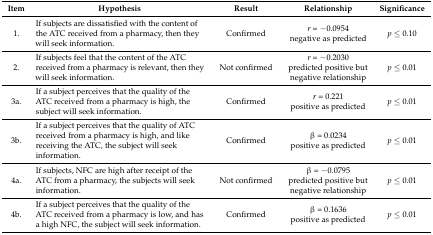
<table><thead><tr><td><b>Item</b></td><td><b>Hypothesis</b></td><td><b>Result</b></td><td><b>Relationship</b></td><td><b>Significance</b></td></tr></thead><tbody><tr><td>1.</td><td>If subjects are dissatisfied with the content of the ATC received from a pharmacy, then they will seek information.</td><td>Confirmed</td><td><i>r =</i> −0.0954 negative as predicted</td><td><i>p ≤</i> 0.10</td></tr><tr><td>2.</td><td>If subjects feel that the content of the ATC received from a pharmacy is relevant, then they will seek information.</td><td>Not confirmed</td><td><i>r</i> = −0.2030 predicted positive but negative relationship</td><td><i>p ≤</i> 0.01</td></tr><tr><td>3a.</td><td>If a subject perceives that the quality of the ATC received from a pharmacy is high, the subject will seek information.</td><td>Confirmed</td><td><i>r</i> = 0.221 positive as predicted</td><td><i>p</i> ≤ 0.01</td></tr><tr><td>3b.</td><td>If a subject perceives that the quality of ATC received from a pharmacy is high, and like receiving the ATC, the subject will seek information.</td><td>Confirmed</td><td>β = 0.0234 positive as predicted</td><td><i>p</i> ≤ 0.01</td></tr><tr><td>4a.</td><td>If subjects, NFC are high after receipt of the ATC from a pharmacy, the subjects will seek information.</td><td>Not confirmed</td><td>β = −0.0795 predicted positive but negative relationship</td><td><i>p</i> ≤ 0.01</td></tr><tr><td>4b.</td><td>If a subject perceives that the quality of the ATC received from a pharmacy is low, and has a high NFC, the subject will seek information.</td><td>Confirmed</td><td>β = 0.1636 positive as predicted</td><td><i>p</i> ≤ 0.01</td></tr></tbody></table>